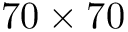
7 0 \times 7 0